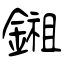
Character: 鎺